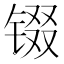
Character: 𮣵